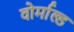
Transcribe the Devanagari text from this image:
वोर्माल्ड